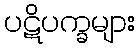
ပဋိပက္ခများ